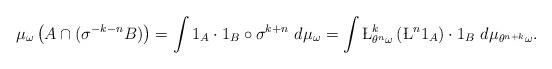
LaTeX: \begin{align*}\mu_\omega\left(A \cap(\sigma^{-k-n}B)\right)= \int 1_A\cdot 1_B\circ \sigma^{k+n}~d\mu_\omega=\int \L_{\theta^n\omega}^{k}\left(\L^n1_A\right)\cdot 1_B~d\mu_{\theta^{n+k}\omega}.\end{align*}